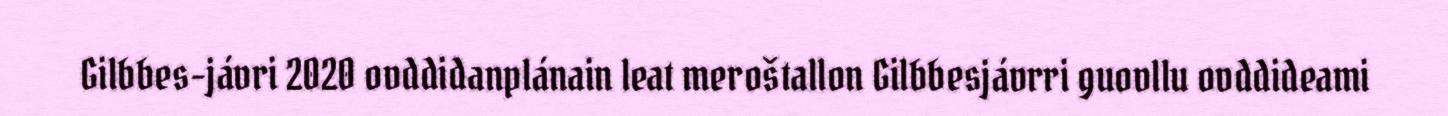
Gilbbes-jávri 2020 ovddidanplánain leat meroštallon Gilbbesjávrri guovllu ovddideami